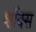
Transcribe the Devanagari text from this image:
शॉक्स